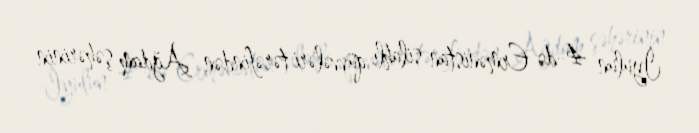
İyulun 4-də Ermənistan silahlı qüvvələri tərəfindən Ağdam şəhərinin